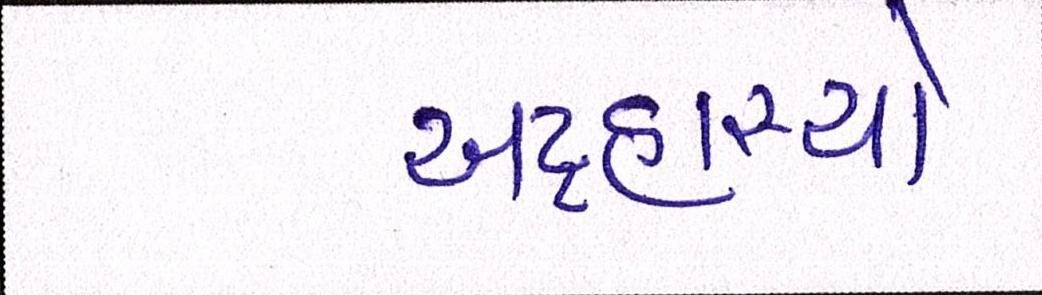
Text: અટ્ટહાસ્યો